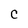
Character: c